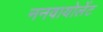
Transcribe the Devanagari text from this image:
ननवायोलेंट